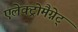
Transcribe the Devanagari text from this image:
एलेक्ट्रोमैग्नेट्